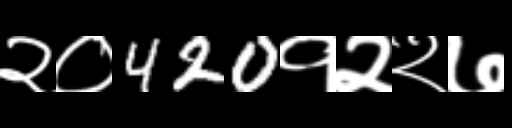
Text: २०420१२२७